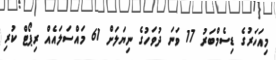
މިއަހަރުގެ ޑިސެމްބަރު 17 ވަނަ ދުވަހުގެ ނިޔަލަށް 61 މައްސަލައެއް ރިޕޯޓް ކުރި